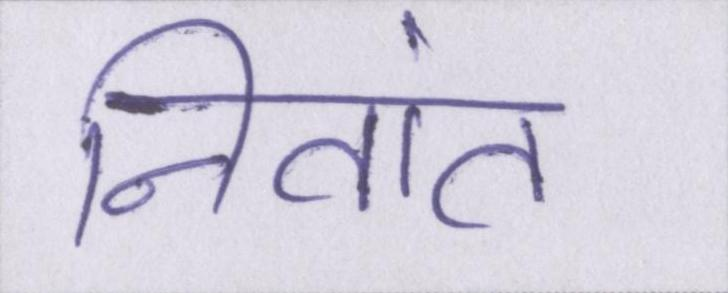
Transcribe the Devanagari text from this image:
नितांत